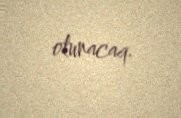
olunacaq.